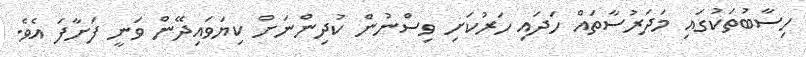
ހިސާބުތަކުގައި މަދަރުސާތައް ހަދައި ހަރުކަށި ވިސްނުން ކުދިންނަށް ކިޔަވައިދޭން ވަނީ ފަށާފަ އެވެ.